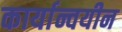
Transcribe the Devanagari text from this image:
कार्यान्वयीन